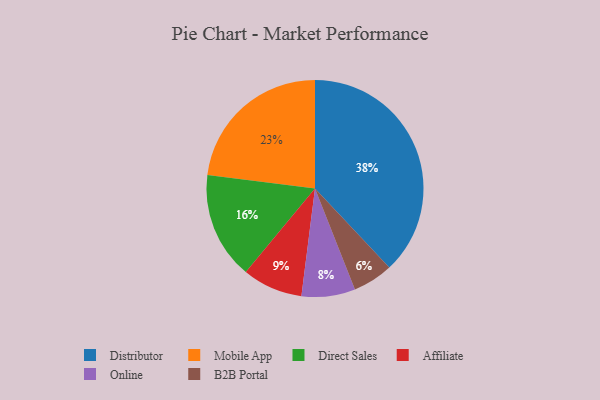
{"axis": {"x": "Category", "y": "Percentage"}, "legend": ["Affiliate", "B2B Portal", "Direct Sales", "Distributor", "Mobile App", "Online"], "data": [{"x": "Mobile App", "y": 23, "type": "Mobile App"}, {"x": "B2B Portal", "y": 6, "type": "B2B Portal"}, {"x": "Online", "y": 8, "type": "Online"}, {"x": "Affiliate", "y": 9, "type": "Affiliate"}, {"x": "Distributor", "y": 38, "type": "Distributor"}, {"x": "Direct Sales", "y": 16, "type": "Direct Sales"}]}